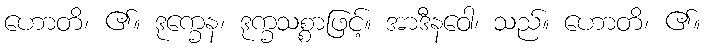
ဟောတိ၊ ၏။ ဒုက္ခေန၊ ဒုက္ခသစ္စာဖြင့်။ အာဒီနဝေါ၊ သည်။ ဟောတိ၊ ၏။